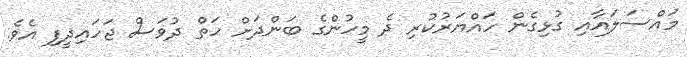
މައްސަލައާއި ގުޅިގެން ހައްޔަރުކުރި ދެ މީހުންގެ ބަންދަށް ހަތް ދުވަސް ޖަހައިދީފި އެވެ.